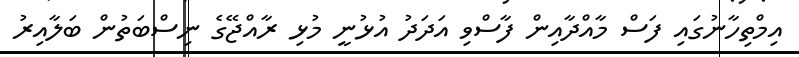
އިމްތިހާނުގައި ފަސް މާއްދާއިން ފާސްވި އަދަދު އުޅުނީ މުޅި ރާއްޖޭގެ ނިސްބަތުން ބަލާއިރު